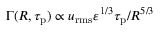
\Gamma ( R , \tau _ { \mathrm { p } } ) \propto u _ { \mathrm { r m s } } \varepsilon ^ { 1 / 3 } \tau _ { \mathrm { p } } / R ^ { 5 / 3 }